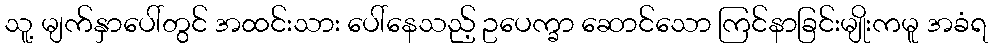
သူ့ မျက်နှာပေါ်တွင် အထင်းသား ပေါ်နေသည့် ဥပေက္ခာ ဆောင်သော ကြင်နာခြင်းမျိုးကမူ အခံရ